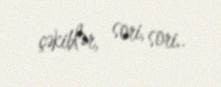
çəkiblər, sori, sori..